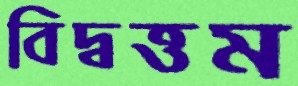
বিদ্বত্তম